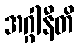
အဂ္ဂါနီတိ